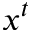
x ^ { t }